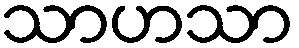
သာဟသာ